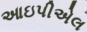
આઇપીએલ